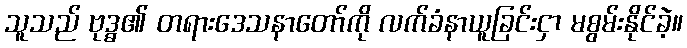
သူသည် ဗုဒ္ဓ၏ တရားဒေသနာတော်ကို လက်ခံနာယူခြင်းငှာ မစွမ်းနိုင်ခဲ့။